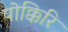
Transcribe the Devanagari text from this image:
पोक्किरि